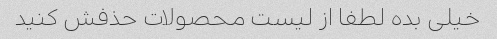
خیلی بده لطفا از لیست محصولات حذفش کنید